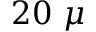
2 0 ~ \mu